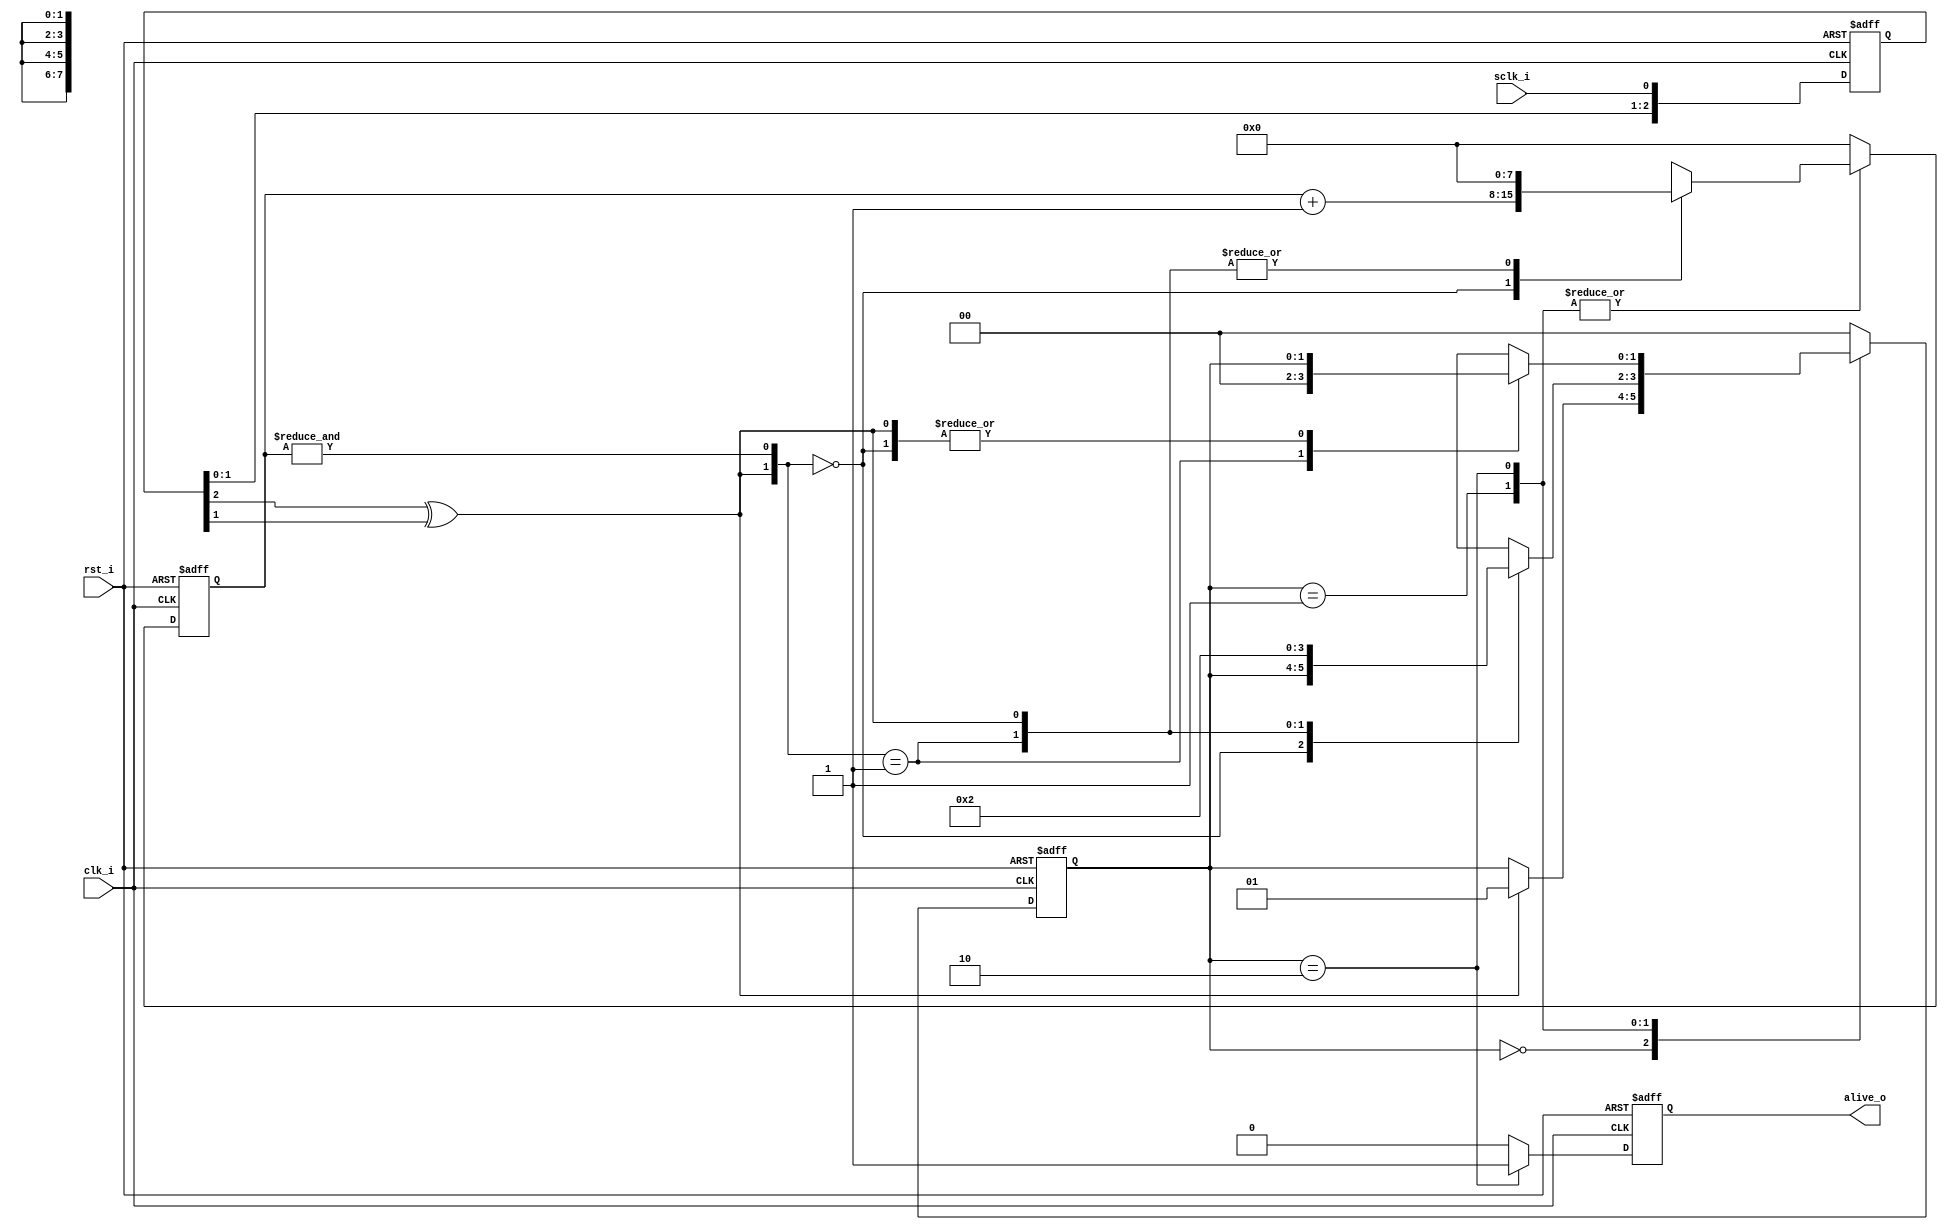
//////////////////////////////////////////////////////////////////////
////                                                              ////
//// clock_detect.v                                               ////
////                                                              ////
//// This file is part of the boundaries opencores effort.        ////
//// <http://www.opencores.org/cores/boundaries/>                 ////
////                                                              ////
//// Module Description:                                          ////
////                                                              ////
////   Use a stable, faster clock to detect whether a slower      ////
////  input clock (sclk_i) is actually running.                   ////
////                                                              ////
////   If there is no change is the suspect clock for (1<<CW)     ////
////  clk_i periods; the alive_o output will be de-asserted.      ////
////                                                              ////
////   For example, if clk_i has a period of 1us, and CW=8: when  ////
////  there is no transition on sclk_i for 256us, the alive_o     ////
////  output will be de-asserted.                                 ////
////                                                              ////
////   For the alive_o output to be asserted, there must be       ////
////   2 changes in sclk_i within (1<<CW) clock periods.          ////
////                                                              ////
////   The "alive_o" output is synchronous with clk_i.            ////
////                                                              ////
//// To Do:                                                       ////
//// Verify in silicon.                                           ////
////                                                              ////
//// Author(s):                                                   ////
//// - Shannon Hill                                               ////
////                                                              ////
//////////////////////////////////////////////////////////////////////
////                                                              ////
//// Copyright (C) 2004 Shannon Hill and OPENCORES.ORG            ////
////                                                              ////
//// This source file may be used and distributed without         ////
//// restriction provided that this copyright statement is not    ////
//// removed from the file and that any derivative work contains  ////
//// the original copyright notice and the associated disclaimer. ////
////                                                              ////
//// This source file is free software; you can redistribute it   ////
//// and/or modify it under the terms of the GNU Lesser General   ////
//// Public License as published by the Free Software Foundation; ////
//// either version 2.1 of the License, or (at your option) any   ////
//// later version.                                               ////
////                                                              ////
//// This source is distributed in the hope that it will be       ////
//// useful, but WITHOUT ANY WARRANTY; without even the implied   ////
//// warranty of MERCHANTABILITY or FITNESS FOR A PARTICULAR      ////
//// PURPOSE. See the GNU Lesser General Public License for more  ////
//// details.                                                     ////
////                                                              ////
//// You should have received a copy of the GNU Lesser General    ////
//// Public License along with this source; if not, download it   ////
//// from <http://www.opencores.org/lgpl.shtml>                   ////
////                                                              ////
//////////////////////////////////////////////////////////////////////
//
// $Id: clock_detect.v,v 1.1 2004/07/07 12:41:17 esquehill Exp $
//
// CVS Revision History
//
// $Log: clock_detect.v,v $
// Revision 1.1  2004/07/07 12:41:17  esquehill
// Initial.
//
//
//
module clock_detect( /*AUTOARG*/
// Outputs
alive_o, 
// Inputs
rst_i, clk_i, sclk_i
);

input     rst_i;
input     clk_i;

input     sclk_i;   // suspect clock
output    alive_o;

parameter CW = 8;   // if (1<<CW) clk_i's occur with no sclk_i change, it's stopped.

reg   [2:0]          synchro;
wire                 changed = synchro[2] ^ synchro[1];

reg              nxt_alive_o;
reg                  alive_o;

reg   [CW-1:0]   nxt_counter;
reg   [CW-1:0]       counter;
wire  [CW-1:0]       counter_inc =  counter + 1'b1;
wire                 timeout     = &counter;

reg    [1:0]     nxt_state;
reg    [1:0]     cur_state;

parameter [1:0] STOPPED  = 2'd0;
parameter [1:0] CHECKING = 2'd1;
parameter [1:0] RUNNING  = 2'd2;

always @( /*AUTOSENSE*/changed or counter_inc or cur_state or timeout)
begin
                         nxt_alive_o = 1'b0;
                         nxt_state   = cur_state;
                         nxt_counter = {CW{1'b0}};

     case( cur_state )

     STOPPED:  if( changed )                          // wait for an sclk_i change...
                         nxt_state   = CHECKING;

     CHECKING:  casex( { changed, timeout } )
                2'b00:   nxt_counter = counter_inc;   // waiting for another change...
                2'b01:   nxt_state   = STOPPED;       // give up.
                2'b1X:   nxt_state   = RUNNING;       // changed again!
                default: ;
                endcase

     RUNNING:  begin
                         nxt_alive_o = 1'b1;

                casex( { changed, timeout } )
                2'b00:   nxt_counter = counter_inc;   // waiting for another change...
                2'b01:   nxt_state   = STOPPED;       // give up.
                2'b1X:   ;                            // changed; still alive...
                default: ;
                endcase

               end

     default:            nxt_state   = STOPPED;
     endcase
end


always @( posedge clk_i or posedge rst_i)
if( rst_i )
begin
                cur_state <= STOPPED;
                counter   <= {CW{1'b0}};
                alive_o   <= 1'b0;
                synchro   <= 3'b0;
end
else
begin
                cur_state <= nxt_state;
                counter   <= nxt_counter;
                alive_o   <= nxt_alive_o;

                synchro   <= { synchro[1:0], sclk_i }; // async input; sclk_i consumed as data

//
// synopsys translate_off
//              case( { nxt_alive_o, alive_o } )
//              2'b01:  $display( "%d:%m: clock dead.", $time);
//              2'b10:  $display( "%d:%m: clock alive.", $time);
//              default: ;
//              endcase
// synopsys translate_on
//
end

endmodule